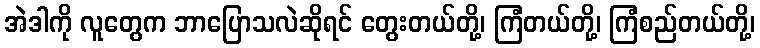
အဲဒါကို လူတွေက ဘာပြောသလဲဆိုရင် တွေးတယ်တို့၊ ကြံတယ်တို့၊ ကြံစည်တယ်တို့၊